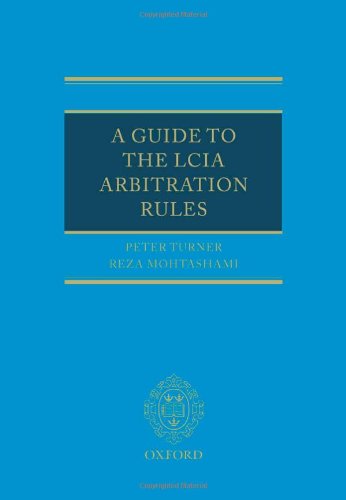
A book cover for A Guide to the LCIA Arbitration Rules; Peter Turner; Law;